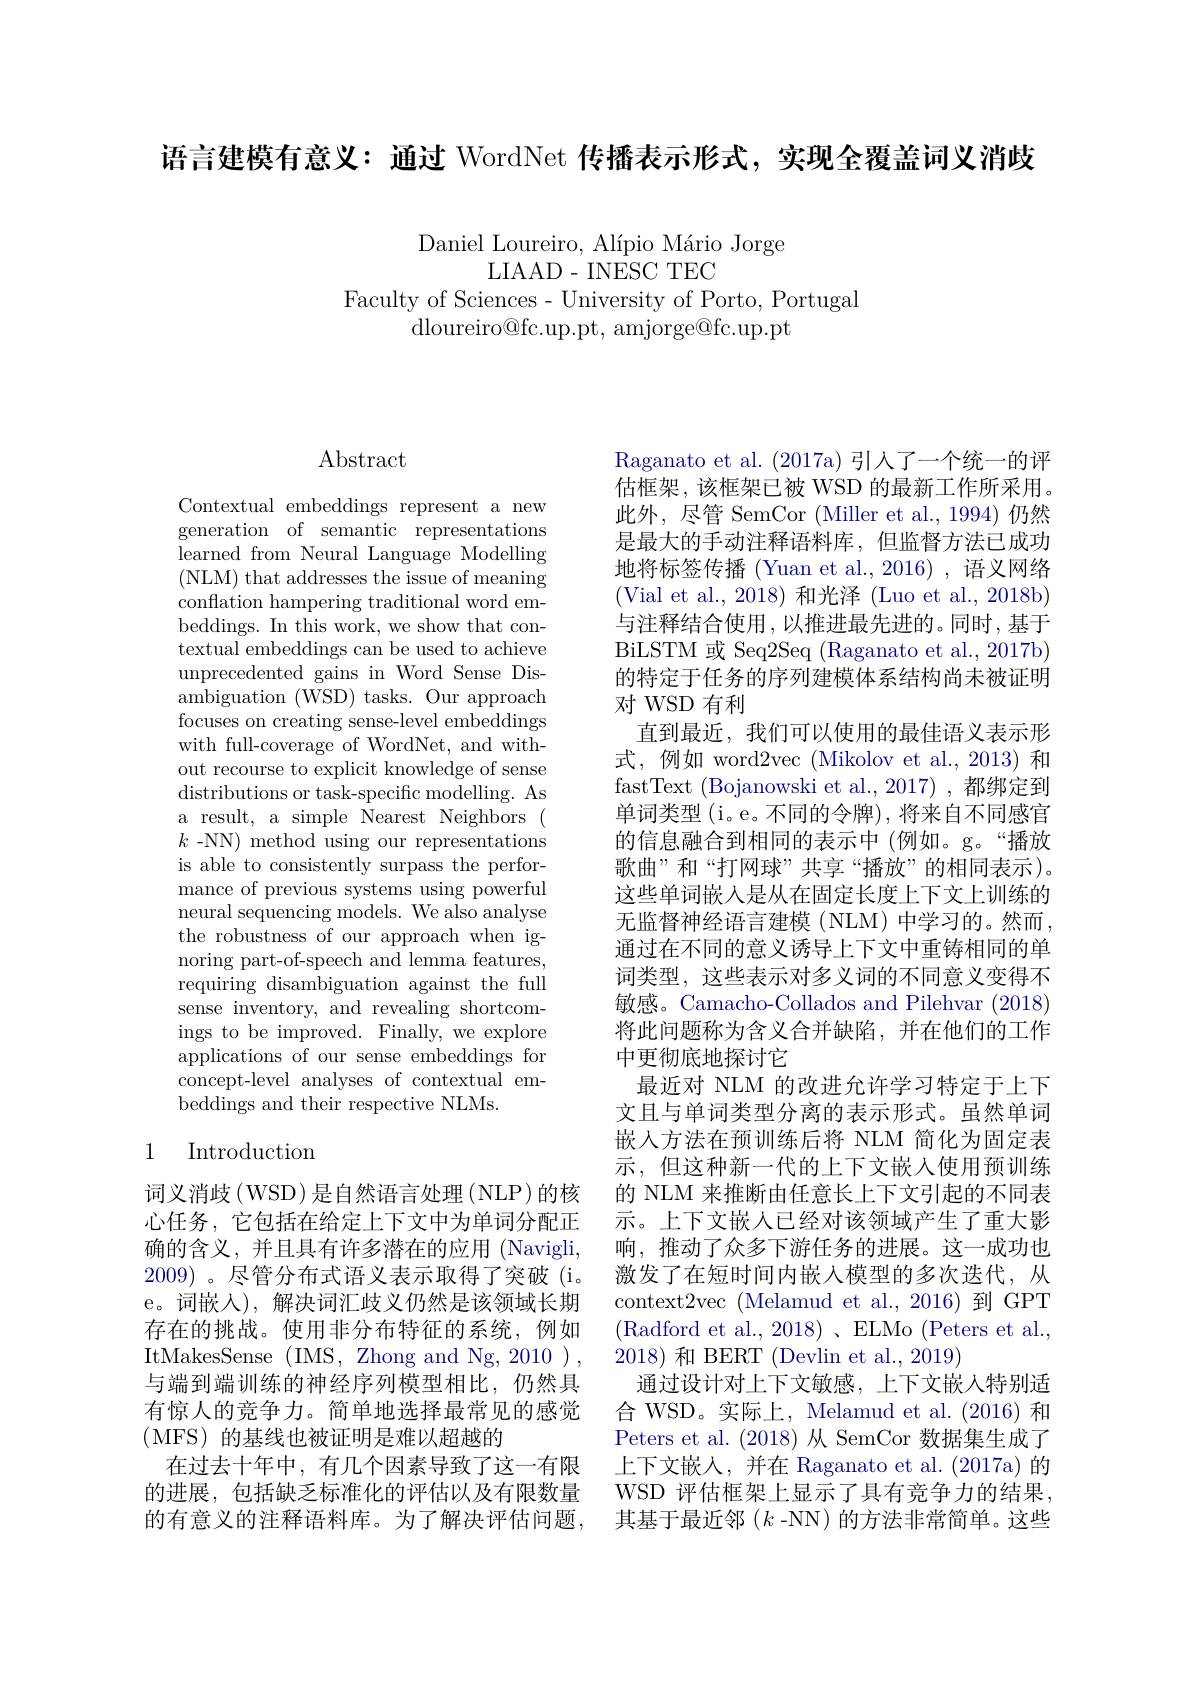
语言建模有意义：通过 WordNet 传播表示形式，实现全覆盖词义消歧

Daniel Loureiro, Alípio Mário Jorge
LIAAD-INESCTEC
Faculty of Sciences- University of Porto, Portugal
dloureiro@fc.up.pt, amjorge@fc.up.pt

# $\operatorname{Abstract}$

Contextual embeddings represent a new generation of semantic representations learned from Neural Language Modelling (NLM) that addresses the issue of meaning conflation hampering traditional word embeddings. In this work, we show that contextual embeddings can be used to achieve unprecedented gains in Word Sense Disambiguation (WSD) tasks. Our approach focuses on creating sense-level embeddings with full-coverage of WordNet, and without recourse to explicit knowledge of sense distributions or task-specific modelling. As a result, a simple Nearest Neighbors ( $k$ -NN) method using our representations is able to consistently surpass the performance of previous systems using powerful neural sequencing models. We also analyse the robustness of our approach when ignoring part-of-speech and lemma features, requiring disambiguation against the full sense inventory, and revealing shortcomings to be improved. Finally, we explore applications of our sense embeddings for concept-level analyses of contextual embeddings and their respective NLMs.

## 1 Introduction

词义消歧(WSD)是自然语言处理(NLP)的核心任务，它包括在给定上下文中为单词分配正确的含义，并且具有许多潜在的应用(Navigli, 2009)。尽管分布式语义表示取得了突破(i。e。词嵌入),解决词汇歧义仍然是该领域长期存在的挑战。使用非分布特征的系统，例如ItMakesSense (IMS, Zhong and Ng, 2010 ) , 与端到端训练的神经序列模型相比，仍然具有惊人的竞争力。简单地选择最常见的感觉(MFS) 的基线也被证明是难以超越的
在过去十年中，有几个因素导致了这一有限的进展，包括缺乏标准化的评估以及有限数量的有意义的注释语料库。为了解决评估问题，

Raganato et al. (2017a) 引入了一个统一的评估框架，该框架已被 WSD 的最新工作所采用。此外，尽管 SemCor (Miller et al.,1994)仍然是最大的手动注释语料库，但监督方法已成功地将标签传播 (Yuan et al.,2016),语义网络(Vial et al., 2018) 和光泽 (Luo et al., 2018b) 与注释结合使用，以推进最先进的。同时，基于BiLSTM 或 Seq2Seq (Raganato et al., 2017b) 的特定于任务的序列建模体系结构尚未被证明对 WSD 有利
直到最近，我们可以使用的最佳语义表示形式，例如 word2vec (Mikolov et al.,2013) 和fastText (Bojanowski et al.,2017) ,都绑定到单词类型 (i。e。不同的令牌),将来自不同感官的信息融合到相同的表示中(例如。g。“播放歌曲”和“打网球”共享“播放”的相同表示)。这些单词嵌入是从在固定长度上下文上训练的无监督神经语言建模(NLM)中学习的。然而， 通过在不同的意义诱导上下文中重铸相同的单词类型，这些表示对多义词的不同意义变得不敏感。Camacho-Collados and Pilehvar (2018) 将此问题称为含义合并缺陷，并在他们的工作中更彻底地探讨它
最近对 NLM 的改进允许学习特定于上下文且与单词类型分离的表示形式。虽然单词嵌入方法在预训练后将 NLM 简化为固定表示，但这种新一代的上下文嵌入使用预训练的 NLM 来推断由任意长上下文引起的不同表示。上下文嵌人已经对该领域产生了重大影响，推动了众多下游任务的进展。这一成功也激发了在短时间内嵌入模型的多次迭代，从context2vec (Melamud et al., 2016) 到 GPT (Radford et al., 2018)、ELMo (Peters et al., 2018)和 BERT (Devlin et al., 2019)
通过设计对上下文敏感，上下文嵌人特别适合 WSD。实际上，Melamud et al.(2016) 和Peters et al. (2018) 从 SemCor 数据集生成了上下文嵌入，并在 Raganato et al. (2017a) 的WSD 评估框架上显示了具有竞争力的结果， 其基于最近邻$(k$ -NN) 的方法非常简单。这些